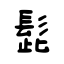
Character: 髭